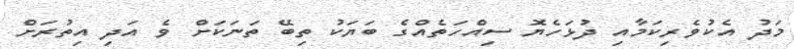
މަދު އެކުވެރިކަމާއި ދުޅަހެޔޮ ސިއްހަތެއްގެ ބަޔަކު ތިބޭ ތަނަކަށް ވެ އަދި އިތުރަށް